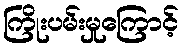
ကြိုးပမ်းမှုကြောင့်